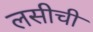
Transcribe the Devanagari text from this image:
लसीची